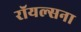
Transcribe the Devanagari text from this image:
रॉयल्सना